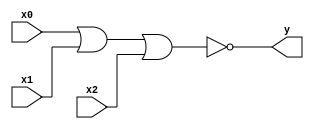
module nor_i3(y, x0, x1, x2);
	output y;
	input x0, x1, x2;
		
	assign y = ~(x0 | x1 | x2);
endmodule

module nor_i2(y, x0, x1);
	output y;
	input x0, x1;
		
	assign y = ~(x0 | x1);
endmodule